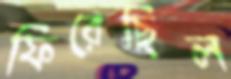
ফিরেছিল